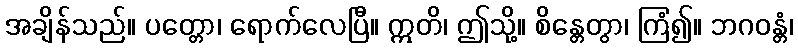
အချိန်သည်။ ပတ္တော၊ ရောက်လေပြီ။ ဣတိ၊ ဤသို့။ စိန္တေတွာ၊ ကြံ၍။ ဘဂဝန္တံ၊